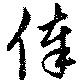
俸